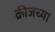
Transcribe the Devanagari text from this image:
क्रीजच्या